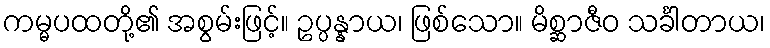
ကမ္မပထတို့၏ အစွမ်းဖြင့်။ ဥပ္ပန္နာယ၊ ဖြစ်သော။ မိစ္ဆာဇီဝ သင်္ခါတာယ၊